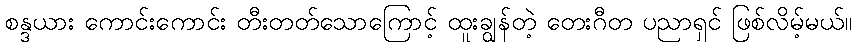
စန္ဒယား ကောင်းကောင်း တီးတတ်သောကြောင့် ထူးချွန်တဲ့ တေးဂီတ ပညာရှင် ဖြစ်လိမ့်မယ်။